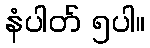
နံပါတ် ၅ပါ။